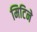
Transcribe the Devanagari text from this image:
मिटिने